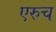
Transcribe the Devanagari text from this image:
एरुच